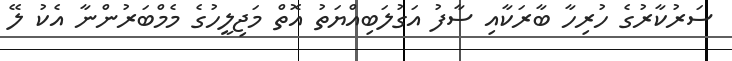
ސަރުކާރުގެ ހުރިހާ ބާރަކާއި ސާފު އަގުލަބިއްޔަތު އޮތް މަޖިލީހުގެ މެމްބަރުންނާ އެކު ލޭ